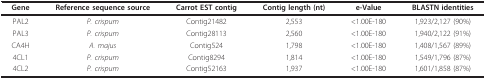
<table><thead><tr><td><b>Gene</b></td><td><b>Reference sequence source</b></td><td><b>Carrot EST contig</b></td><td><b>Contig length (nt)</b></td><td><b>e-Value</b></td><td><b>BLASTN identities</b></td></tr></thead><tbody><tr><td>PAL2</td><td><i>P. crispum</i></td><td>Contig21482</td><td>2,553</td><td>&lt;1.00E-180</td><td>1,923/2,127 (90%)</td></tr><tr><td>PAL3</td><td><i>P. crispum</i></td><td>Contig28113</td><td>2,560</td><td>&lt;1.00E-180</td><td>1,940/2,122 (91%)</td></tr><tr><td>CA4H</td><td><i>A. majus</i></td><td>Contig524</td><td>1,798</td><td>&lt;1.00E-180</td><td>1,408/1,567 (89%)</td></tr><tr><td>4CL1</td><td><i>P. crispum</i></td><td>Contig8294</td><td>1,814</td><td>&lt;1.00E-180</td><td>1,549/1,796 (87%)</td></tr><tr><td>4CL2</td><td><i>P. crispum</i></td><td>Contig52163</td><td>1,937</td><td>&lt;1.00E-180</td><td>1,601/1,858 (87%)</td></tr></tbody></table>